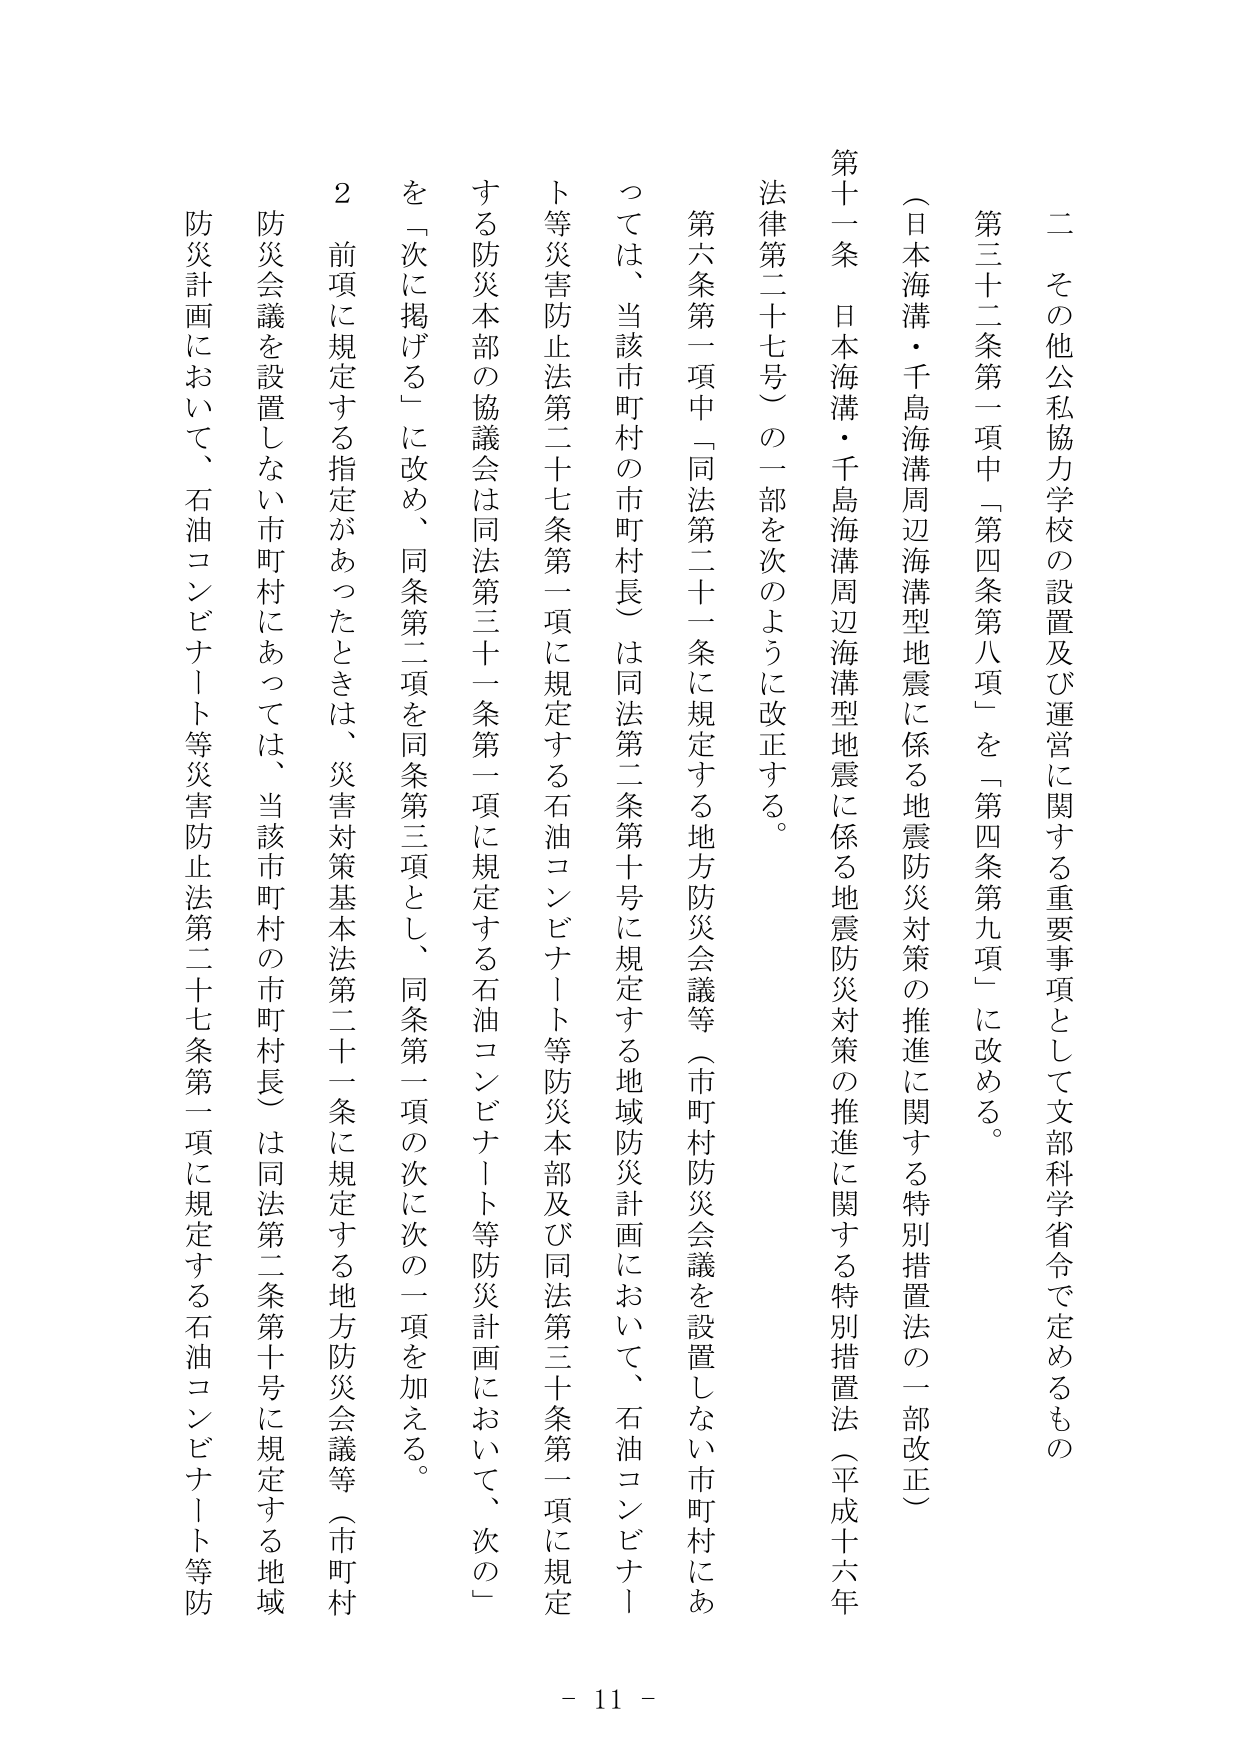
二　その他公私協力学校の設置及び運営に関する重要事項として文部科学省令で定めるもの

第三十二条第一項中「第四条第八項」を「第四条第九項」に改める。

（日本海溝・千島海溝周辺海溝型地震に係る地震防災対策の推進に関する特別措置法の一部改正）

第十一条　日本海溝・千島海溝周辺海溝型地震に係る地震防災対策の推進に関する特別措置法（平成十六年法律第二十七号）の一部を次のように改正する。

第六条第一項中「同法第二十一条に規定する地方防災会議等（市町村防災会議を設置しない市町村にあっては、当該市町村の市町村長）」は同法第二条第十号に規定する地域防災計画において、石油コンビナート等災害防止法第二十七条第一項に規定する石油コンビナート等防災本部及び同法第三十条第一項に規定する防災本部の協議会は同法第三十一条第一項に規定する石油コンビナート等防災計画において、次の「を『次に掲げる』に改め、同条第二項を同条第三項とし、同条第一項の次に次の一項を加える。

２　前項に規定する指定があったときは、災害対策基本法第二十一条に規定する地方防災会議等（市町村防災会議を設置しない市町村にあっては、当該市町村の市町村長）は同法第二条第十号に規定する地域防災計画において、石油コンビナート等災害防止法第二十七条第一項に規定する石油コンビナート等防

- 11 -